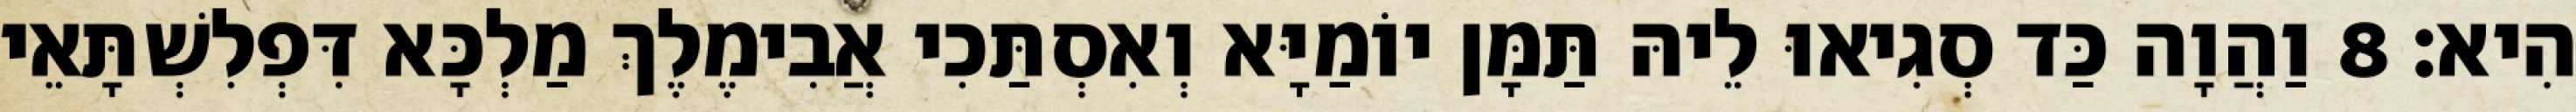
הִיא׃ 8 וַהֲוָה כַּד סְגִיאוּ לֵיהּ תַּמָּן יוֹמַיָּא וְאִסְתַּכִי אֲבִימֶלֶךְ מַלְכָּא דִּפְלִשְׁתָּאֵי